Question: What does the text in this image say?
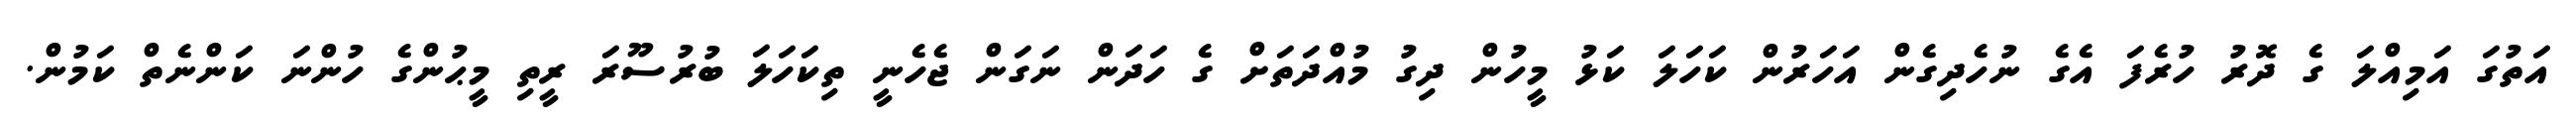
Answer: އަތުގަ އަމިއްލަ ގެ ދޮރު ހުރެފަ އެގެ ނުހެދިގެން އަހަރުން ކަހަލަ ކަޅު މީހުން ދިގު މުއްދަތަށް ގެ ހަދަން ނަގަން ޖެހެނީ ތިކަހަލަ ބުރުސޫރަ ރީތި މީޙުންގެ ހުންނަ ކަންނެތް ކަމުން.